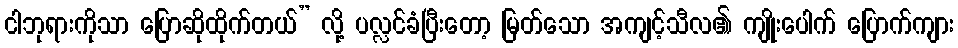
ငါဘုရားကိုသာ ပြောဆိုထိုက်တယ်” လို့ ပလ္လင်ခံပြီးတော့ မြတ်သော အကျင့်သီလ၏ ကျိုးပေါက် ပြောက်ကျား